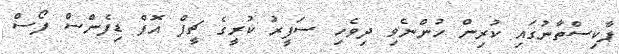
ޕާކިސްތާނުގައި ކުރިން ހުންނެވި ދިވެހި ސަފީރު ކުރީގެ ޗީފް އޮފް ޑިފެންސް ފޯސް